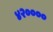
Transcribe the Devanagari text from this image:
४२००००